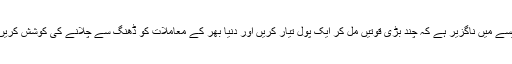
ایسے میں ناگزیر ہے کہ چند بڑی قوتیں مل کر ایک پُول تیار کریں اور دنیا بھر کے معاملات کو ڈھنگ سے چلانے کی کوشش کریں۔